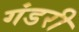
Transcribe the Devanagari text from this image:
गंडरी